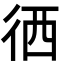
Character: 徆